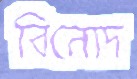
বিনোদ